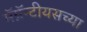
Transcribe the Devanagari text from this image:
मॅग्नॅन्टीयसच्या